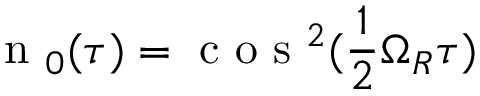
\textrm { n } _ { 0 } ( \tau ) = \textrm { c o s } ^ { 2 } ( \frac { 1 } { 2 } \Omega _ { R } \tau )